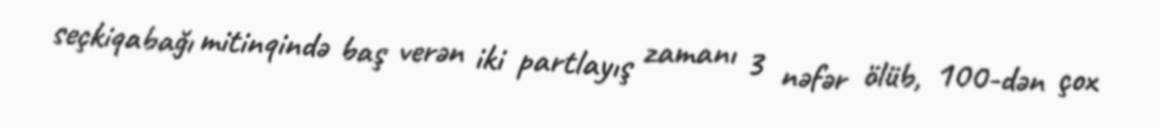
seçkiqabağı mitinqində baş verən iki partlayış zamanı 3 nəfər ölüb, 100-dən çox